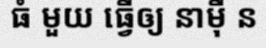
ធំ មួយ ធ្វើឲ្យ នាម៉ឺ ន